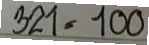
321 = 100